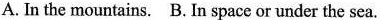
A. In the mountains. B. In space or under the sea.